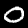
Digit: 0